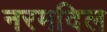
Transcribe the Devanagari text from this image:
नरमदिल